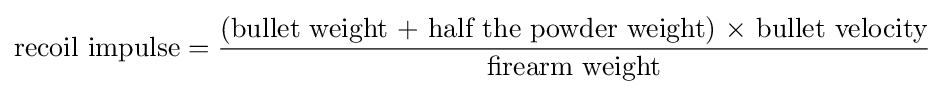
{\text{recoil impulse}}={\frac {\text{(bullet weight + half the powder weight) × bullet velocity}}{\text{firearm weight}}}